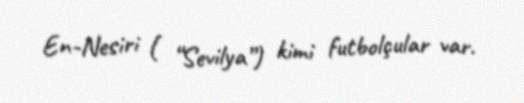
En-Nesiri ( “Sevilya”) kimi futbolçular var.